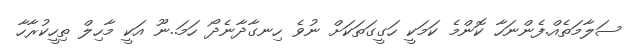
ސަލާމަތެއް.ފެންނަހާ ކޮންމެ ކަމަކީ ހަގީގަތަކަށް ނުވެ ހިނގާދާނެދޯ ހަމަ..ނޫ އަކީ މާހިލް ތިހީކުރާހާ